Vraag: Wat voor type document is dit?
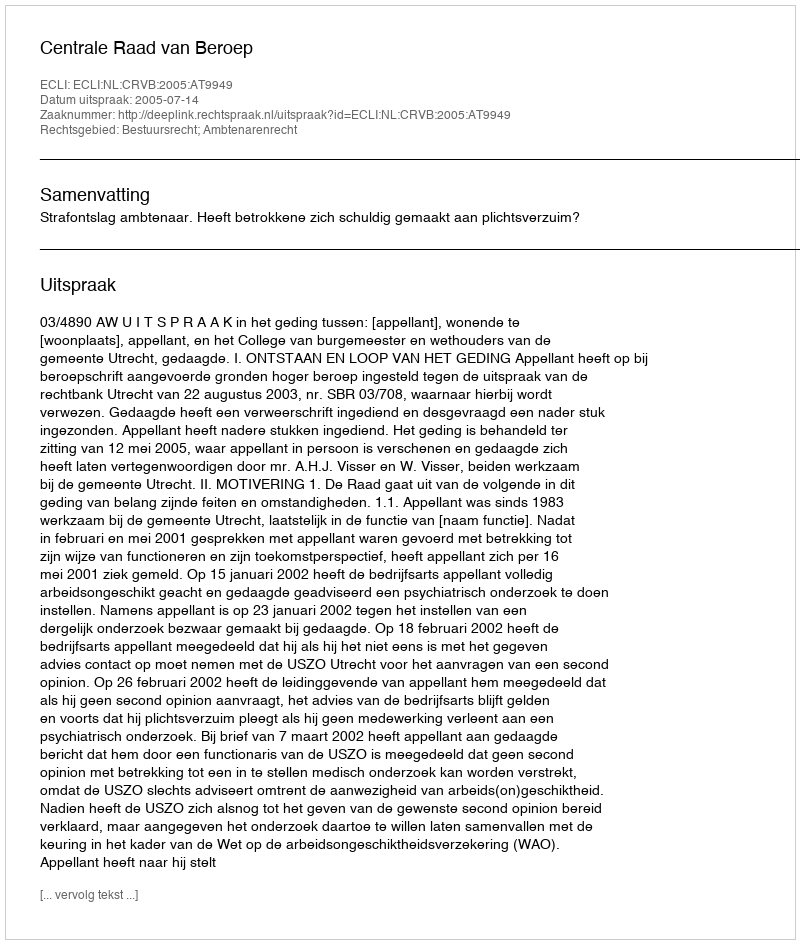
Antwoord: Uitspraak